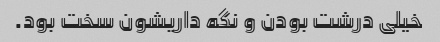
خیلی درشت بودن و نگه داریشون سخت بود.